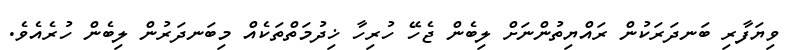
ވިޔަފާރި ބަނދަރަކުން ރައްޔިތުންނަށް ލިބެން ޖެހޭ ހުރިހާ ޚިދުމަތްތަކެއް މިބަނދަރުން ލިބެން ހުރެއެވެ.